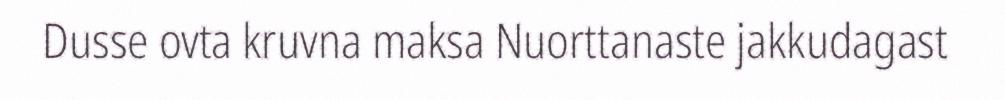
Dusse ovta kruvna maksa Nuorttanaste jakkudagast